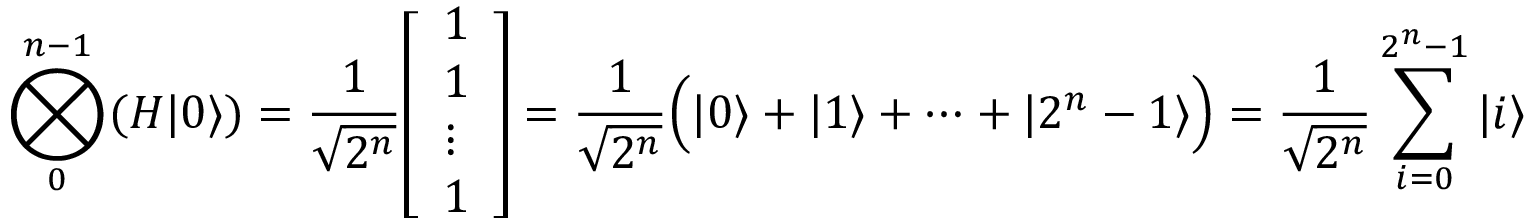
\bigotimes _ { 0 } ^ { n - 1 } ( H | 0 \rangle ) = { \frac { 1 } { \sqrt { 2 ^ { n } } } } { \left[ \begin{array} { l } { 1 } \\ { 1 } \\ { \vdots } \\ { 1 } \end{array} \right] } = { \frac { 1 } { \sqrt { 2 ^ { n } } } } { \Big ( } | 0 \rangle + | 1 \rangle + \dots + | 2 ^ { n } - 1 \rangle { \Big ) } = { \frac { 1 } { \sqrt { 2 ^ { n } } } } \sum _ { i = 0 } ^ { 2 ^ { n } - 1 } | i \rangle